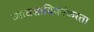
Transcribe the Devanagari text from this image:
व्यावसायिकांकरता